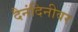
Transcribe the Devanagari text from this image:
दैनंदिनीवर